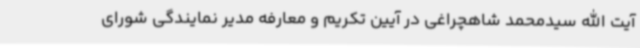
آیت الله سیدمحمد شاهچراغی در آیین تکریم و معارفه مدیر نمایندگی شورای